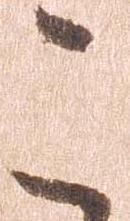
こ